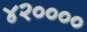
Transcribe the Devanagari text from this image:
४२००००